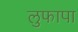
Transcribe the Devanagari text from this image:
लुफापा